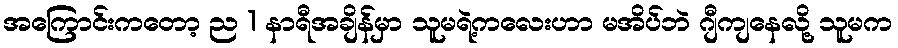
အကြောင်းကတော့ ည 1 နာရီအချိန်မှာ သူမရဲ့ကလေးဟာ မအိပ်ဘဲ ဂျီကျနေလို့ သူမက